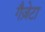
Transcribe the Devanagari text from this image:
गैज़ेटा